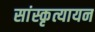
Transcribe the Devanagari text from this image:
सांस्कृत्यायन